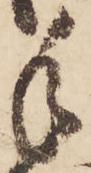
手